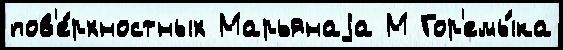
пов'е́рхностных Марьянаjа М Гор'емы́ка